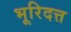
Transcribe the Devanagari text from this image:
भूरिदत्त